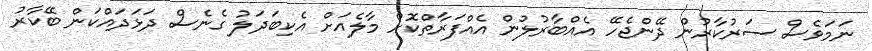
ނަމަވެސް ސަރުކާރުން ދޭންޖެހޭ އެއްބާރުލުން އެއްފަރާތްކޮށް މާލެއަށް އެކިބަދަލު ގެނެސް ދަޅަދައްކަން ބޭކާރު